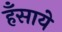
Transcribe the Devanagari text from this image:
हँसाये